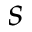
s